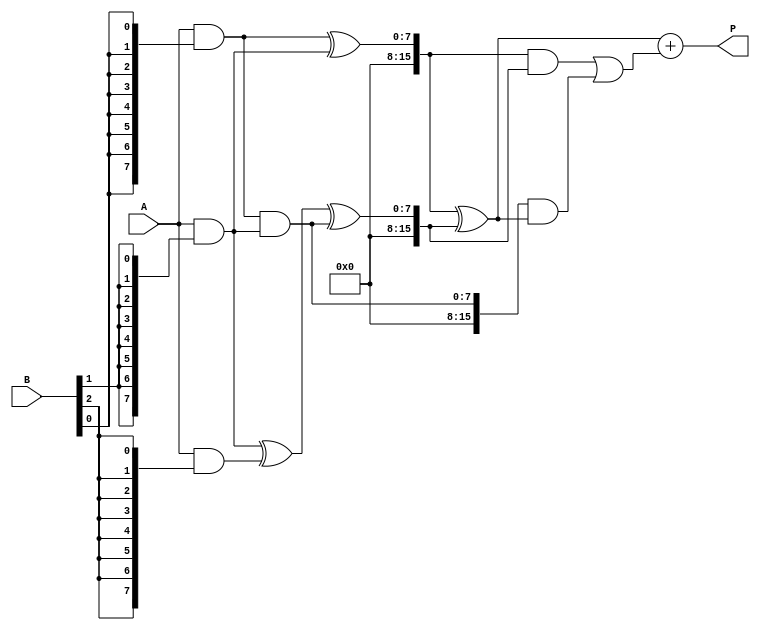
module unfolded_wallace_tree_multiplier #(parameter A_WIDTH = 8, B_WIDTH = 8)(
    input [A_WIDTH-1:0] A,
    input [B_WIDTH-1:0] B,
    output reg [A_WIDTH + B_WIDTH - 1:0] P
);

    // Generate partial products
    wire [A_WIDTH-1:0] pp [0:B_WIDTH-1];
    genvar i;
    generate
        for (i = 0; i < B_WIDTH; i = i + 1) begin : generate_partial_products
            assign pp[i] = A & {A_WIDTH{B[i]}};
        end
    endgenerate

    // Reduction stage variables
    wire [A_WIDTH + B_WIDTH - 1:0] sum [0:A_WIDTH + B_WIDTH - 1];
    wire [A_WIDTH + B_WIDTH - 1:0] carry [0:A_WIDTH + B_WIDTH - 1];

    // First stage of reduction
    genvar j;
    generate
        for (j = 0; j < B_WIDTH; j = j + 1) begin : first_stage
            if (j % 2 == 0 && j + 1 < B_WIDTH) begin
                // Half adder for even indexed partial products
                assign sum[j] = pp[j] ^ pp[j + 1];
                assign carry[j] = pp[j] & pp[j + 1];
            end else if (j + 1 < B_WIDTH) begin
                // Full adder for odd indexed partial products
                assign sum[j] = pp[j] ^ pp[j + 1] ^ carry[j - 1];
                assign carry[j] = (pp[j] & pp[j + 1]) | (carry[j - 1] & (pp[j] ^ pp[j + 1]));
            end
        end
    endgenerate

    // Subsequent stages of reduction
    // Implementing a simple 2-stage reduction for demonstration
    wire [A_WIDTH + B_WIDTH - 1:0] final_sum;
    wire [A_WIDTH + B_WIDTH - 1:0] final_carry;

    assign final_sum = sum[0] ^ sum[1];
    assign final_carry = (sum[0] & sum[1]) | (carry[0] & (sum[0] ^ sum[1]));

    // Final addition
    always @(*) begin
        P = final_sum + final_carry;
    end

endmodule